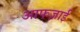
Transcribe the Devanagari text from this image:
आफज़ाई